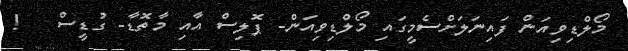
މޯލްޑިވިއަން ފައިނަލަށްސެމީގައި މޯލްޑިވިއަން- ޕޮލިސް އާއި މާތޮޑާ- ގުޑީސް   !